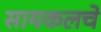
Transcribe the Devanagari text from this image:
सायकलचे